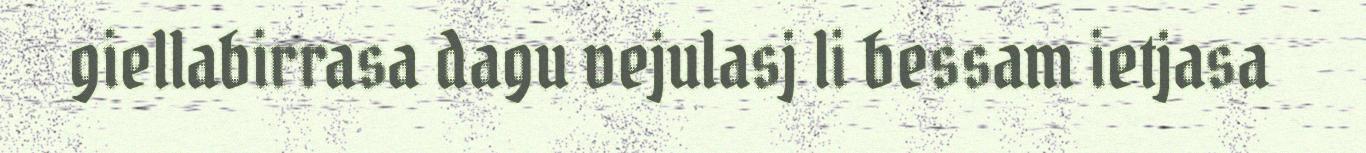
giellabirrasa dagu vejulasj li bessam ietjasa